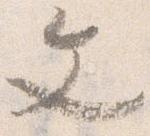
文